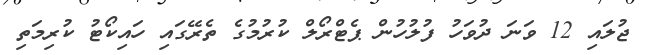
ޖުލައި 12 ވަނަ ދުވަހު ފުލުހުން ޕެޓްރޯލް ކުރުމުގެ ތެރޭގައި ހައިކޯޓު ކުރިމަތި